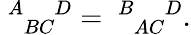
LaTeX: \ _{\; \; BC}^{A\; \; \; \; D}=\ _{\; \; AC}^{B\; \; \; \; D}.